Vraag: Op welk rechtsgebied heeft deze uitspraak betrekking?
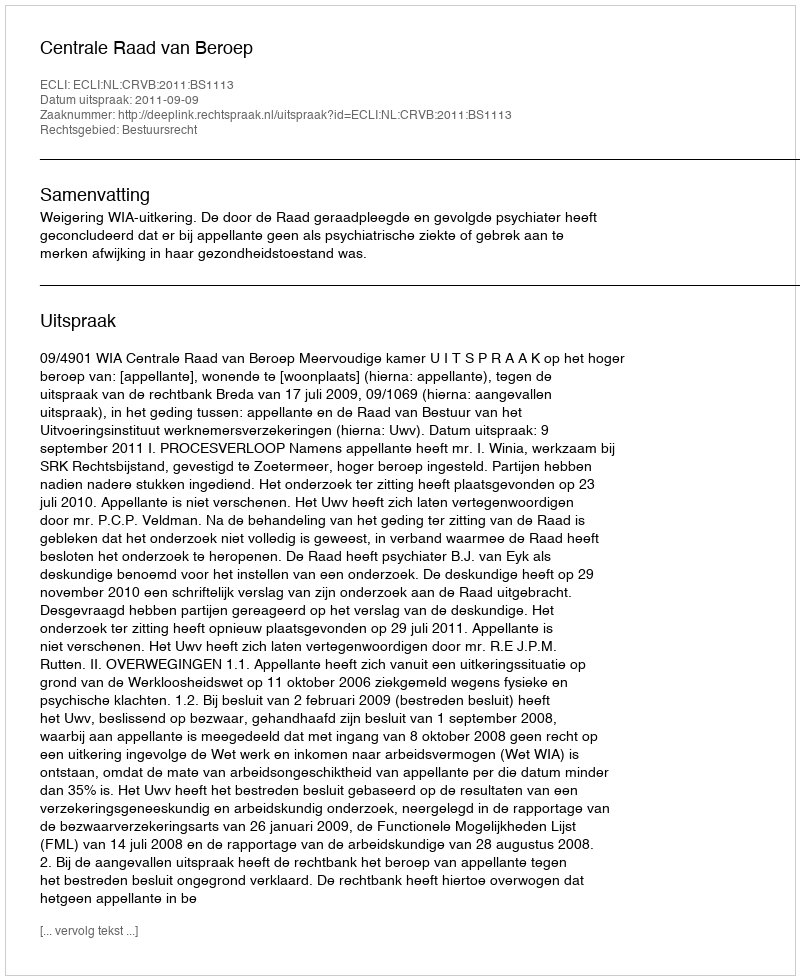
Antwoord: Bestuursrecht